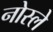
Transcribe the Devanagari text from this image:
नोस्ले